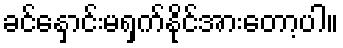
ခင်နှောင်းမရှက်နိုင်အားတော့ပါ။